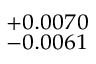
^ { + 0 . 0 0 7 0 } _ { - 0 . 0 0 6 1 }